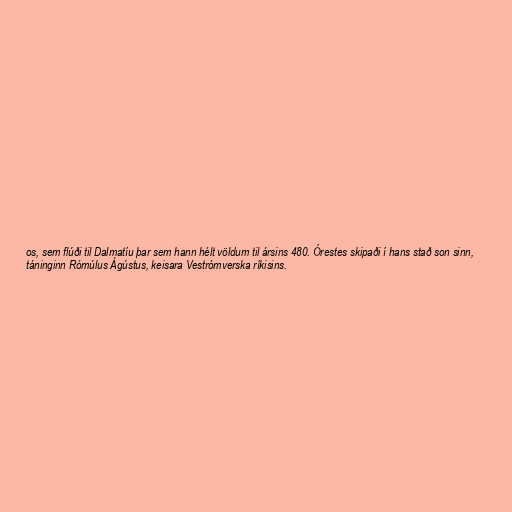
os, sem flúði til Dalmatíu þar sem hann hélt völdum til ársins 480. Órestes skipaði í hans stað son sinn,
táninginn Rómúlus Ágústus, keisara Vestrómverska ríkisins.